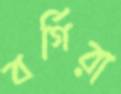
বর্গিরা